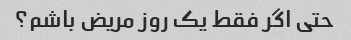
حتی اگر فقط یک روز مریض باشم؟